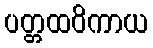
ပတ္တထဝိကာယ